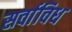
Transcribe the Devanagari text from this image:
सर्वाविध